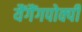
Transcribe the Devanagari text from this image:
यैंगैंगपोक्पी